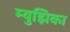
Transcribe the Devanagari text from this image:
म्युझिका